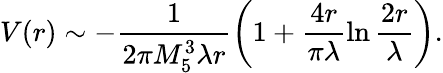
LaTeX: V(r)\sim-\frac{1}{2\pi M_{5}^{3}\lambda r}\left(1+\frac{4r}{\pi\lambda}\ln\frac{2r}{\lambda}\right).